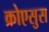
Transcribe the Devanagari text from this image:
क्रोएसुस